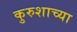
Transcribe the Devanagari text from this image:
कुरुशाच्या